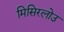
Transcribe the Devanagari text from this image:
मिसिरलोउ